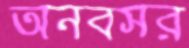
অনবসর